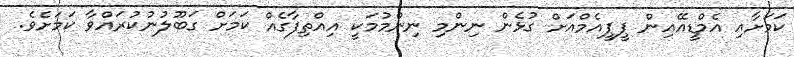
ކަމަށާއި އެމްޑީއޭއިން ޕީޕީއެމްއަށް ގުޅެން ނިންމި ނިންމުމަކީ އިއްތިފާގެއް ކަމަށް ގަބޫލުނުކުރައްވާ ކަމަށެވެ.